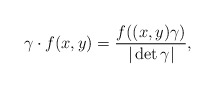
\begin{align*} \gamma \cdot f(x,y) = \frac{f((x,y)\gamma)}{|\det \gamma|},\end{align*}